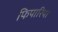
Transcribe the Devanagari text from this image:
फिपारिया